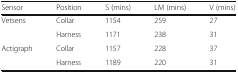
| Sensor | Position | S (mins) | LM (mins) | V (mins) |
 | --- | --- | --- | --- | --- |
 | <ROWSPAN=2> Vetsens | Collar | 1154 | 259 | 27 |
 | Harness | 1171 | 238 | 31 |
 | <ROWSPAN=2> Actigraph | Collar | 1157 | 228 | 37 |
 | Harness | 1189 | 220 | 31 |